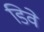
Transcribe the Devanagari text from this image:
डिवे